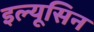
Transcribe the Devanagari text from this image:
इल्यूसिन